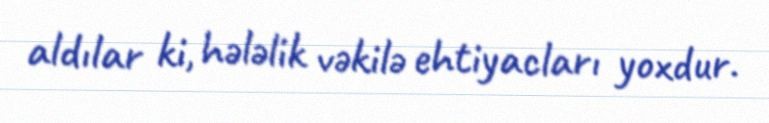
aldılar ki, hələlik vəkilə ehtiyacları yoxdur.